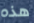
هذه